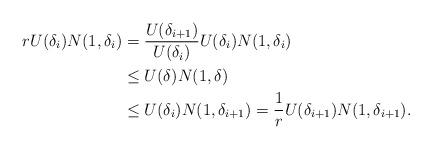
LaTeX: \begin{align*}rU(\delta_i)N(1,\delta_i)&=\frac{U(\delta_{i+1})}{U(\delta_i)}U(\delta_i)N(1,\delta_i)\\&\leq U(\delta)N(1,\delta)\\&\leq U(\delta_{i})N(1,\delta_{i+1})=\frac{1}{r}U(\delta_{i+1})N(1,\delta_{i+1}).\end{align*}